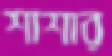
শাশার